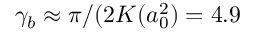
\gamma _ { b } \approx \pi / ( 2 K ( a _ { 0 } ^ { 2 } ) = 4 . 9